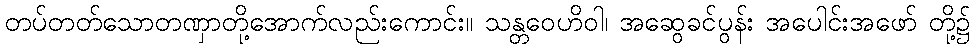
တပ်တတ်သောတဏှာတို့အောက်လည်းကောင်း။ သန္တဝေဟိဝါ၊ အဆွေခင်ပွန်း အပေါင်းအဖော် တို့၌